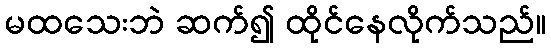
မထသေးဘဲ ဆက်၍ ထိုင်နေလိုက်သည်။